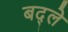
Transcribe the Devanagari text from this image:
बद्ले